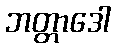
ဘတ္တာဒေါ